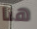
هنا